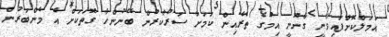
އަމަލްކޮށްފައިވާނީ ގާނޫނީ އިމުގެ ތެރެއިން ކަމަށާ ސަރުކާރުން ބޭނުންހާ ގޮތަކަށް އެ މެންބަރުން